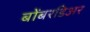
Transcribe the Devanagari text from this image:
बोंबरडिअर